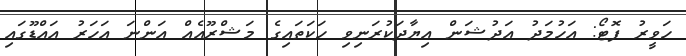
ހަވީރު ފޮޓޯ: އަހުމަދު އަދުޝަން އިޔާދަކުރަނިވި ހަކަތައިގެ މަޝްރޫއެއް އަންނަ އަހަރު އައްޑޫގައި